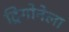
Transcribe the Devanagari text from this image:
ट्रिगोनेला